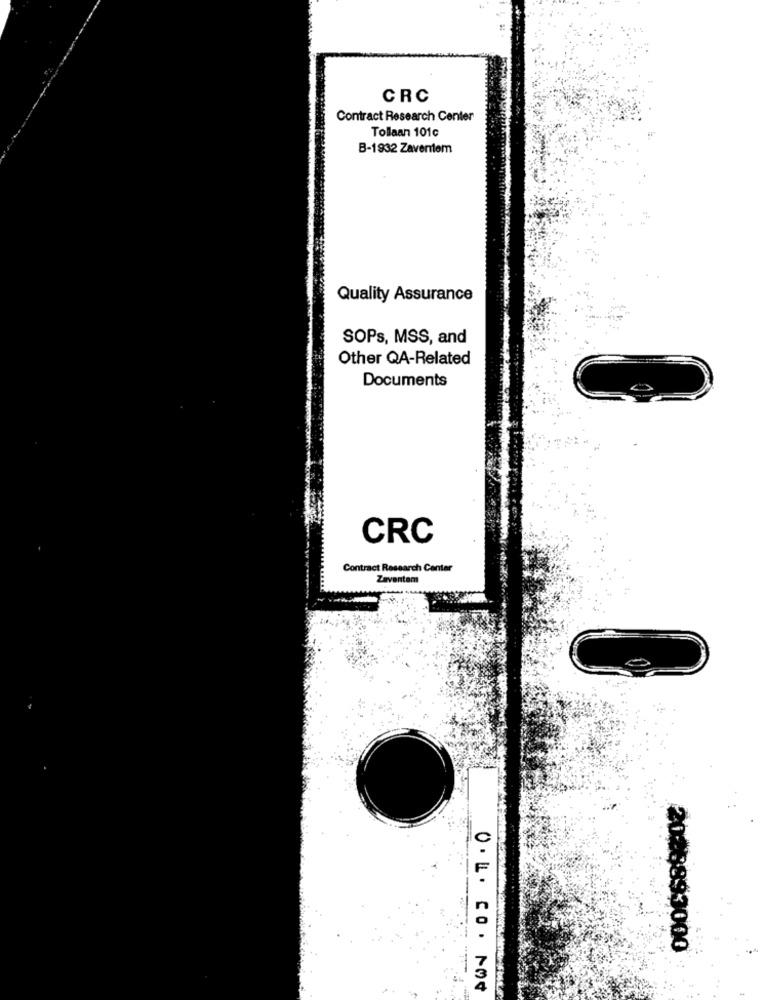
CRC
Contract Research Center
Tollaan 101c
B-1932 Zaventem
Quality Assurance
SOPs, MSS, and
Other QA-Related
Documents
CRC
Contract Research Center
Zaventem
2026893000